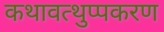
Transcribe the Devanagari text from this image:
कथावत्थुप्पकरण